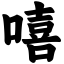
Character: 嘻